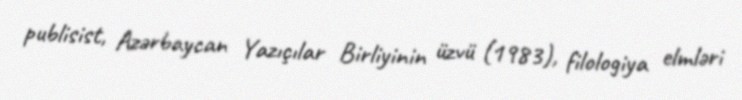
publisist, Azərbaycan Yazıçılar Birliyinin üzvü (1983), filologiya elmləri